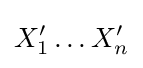
X_{1}'\dots X_{n}'